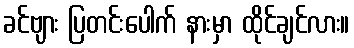
ခင်ဗျား ပြတင်းပေါက် နားမှာ ထိုင်ချင်လား။